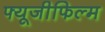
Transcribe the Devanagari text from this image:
फ्यूजीफिल्म